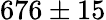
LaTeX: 676\pm 15